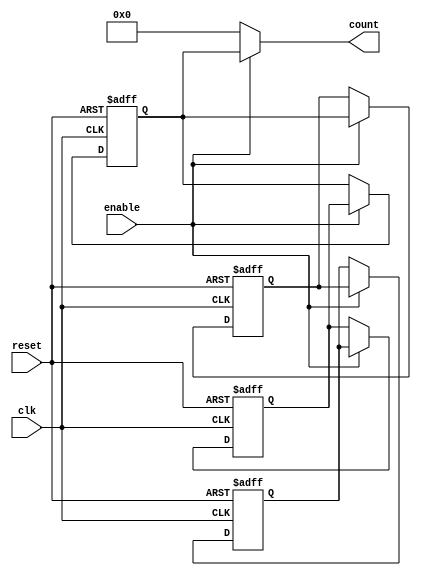
module johnson_counter (
    input wire clk,
    input wire reset,
    input wire enable,
    output reg [3:0] count
);

// Synchronization flip-flops
reg [3:0] q1, q2, q3, q4;

// Johnson Counter logic
always @ (posedge clk or posedge reset) begin
    if (reset) begin
        q1 <= 1'b1;
        q2 <= 1'b0;
        q3 <= 1'b0;
        q4 <= 1'b0;
    end else if (enable) begin
        q1 <= q4;
        q2 <= q1;
        q3 <= q2;
        q4 <= q3;
    end
end

// Output assignment
assign count = (enable) ? {q1, q2, q3, q4} : 4'b0;

endmodule